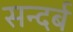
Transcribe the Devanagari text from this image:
सन्दर्ब